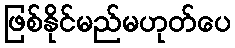
ဖြစ်နိုင်မည်မဟုတ်ပေ